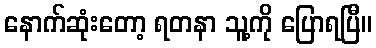
နောက်ဆုံးတော့ ရတနာ သူ့ကို ပြောရပြီ။